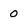
Character: 0